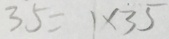
3 5 = 1 \times 3 5